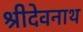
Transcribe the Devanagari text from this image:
श्रीदेवनाथ